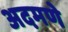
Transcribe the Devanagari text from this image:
अदमणे